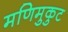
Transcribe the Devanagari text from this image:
मणिमुकुट